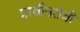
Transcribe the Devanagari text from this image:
प्राचीनतेची